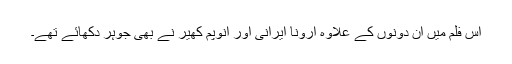
اس فلم میں ان دونوں کے علاوہ ارونا ایرانی اور انوپم کھیر نے بھی جوہر دکھائے تھے۔